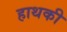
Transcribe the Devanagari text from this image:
हाथकी